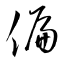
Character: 偏